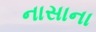
નાસાના